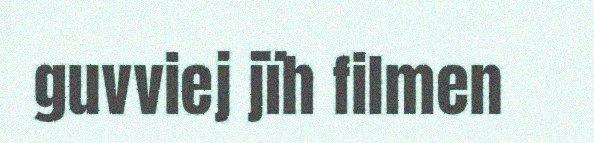
guvviej jïh filmen